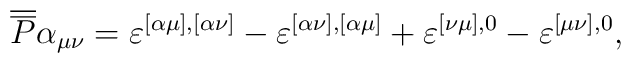
\overline{\overline{P}}\alpha_{\mu\nu}=\varepsilon^{[\alpha\mu],[\alpha\nu]}-\varepsilon^{[\alpha\nu],[\alpha\mu]}+\varepsilon^{[\nu\mu],0}-\varepsilon^{[\mu\nu],0},